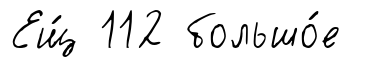
Ещ́ 112 большо́е